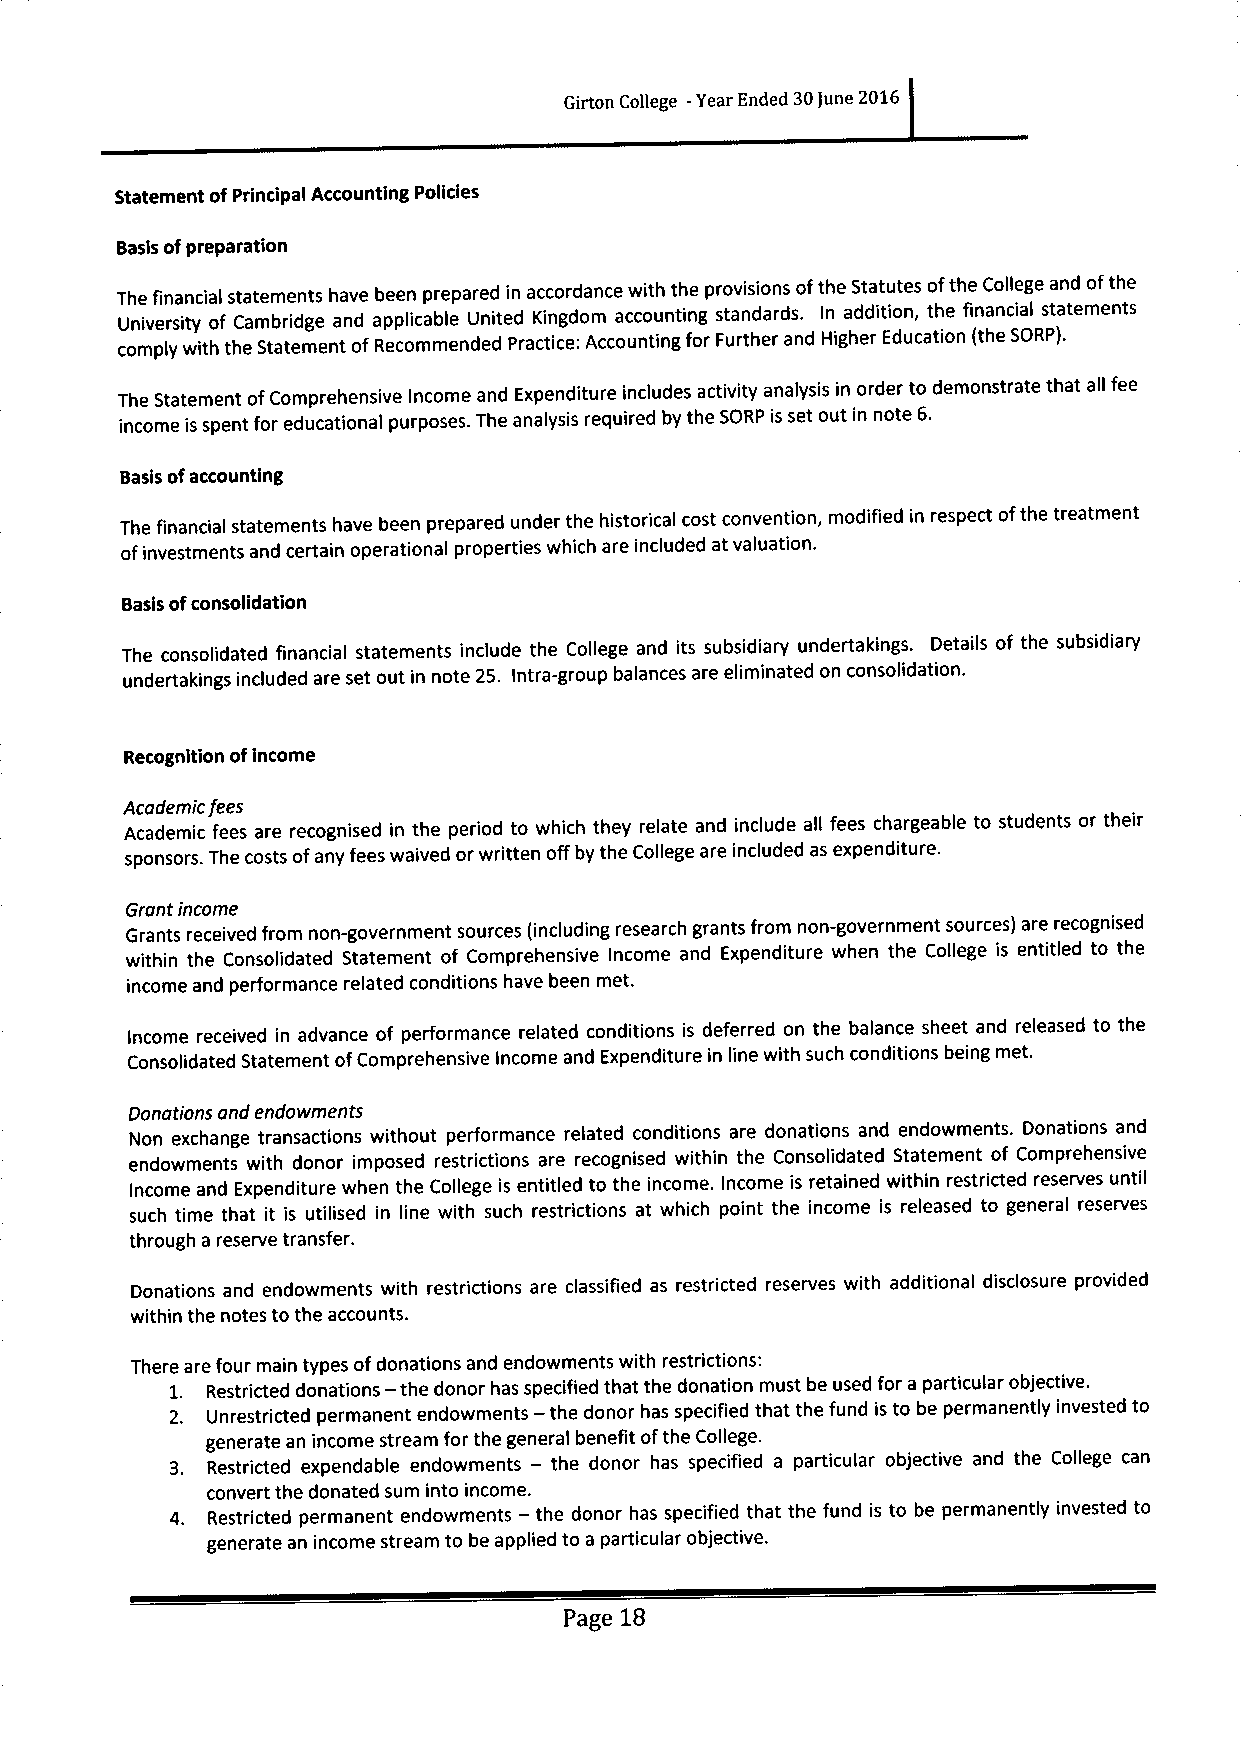
Girton College -Year Ended 30June 2016
 Statement ofPrincipal Accounting Policies
 Basisofpreparation
 The financial statements have been prepared in accordance with the provisions ofthe Statutes ofthe College and ofthe
 University of Cambridge and applicable United Kingdom accounting standards. In addition, the financial statements
 comply with the Statement ofRecommended Practice: Accounting for Further and Higher Education (the SORP).
 The Statement ofComprehensive Income and Expenditure includes activity analysis in order to demonstrate that all fee
 income is spent for educational purposes. The analysis required by the SORP is set out in note 6.
 Basis ofaccounting
 The financial statements have been prepared under the historical cost convention, modified in respect ofthe treatment
 ofinvestments and certain operational properties which are included at valuation.
 Basis ofconsolidation
 The consolidated financial statements include the College and its subsidiary undertakings. Details of the subsidiary
 undertakings included are set out in note 2S. Intra-group balances are eliminated on consolidation.
 Recognition ofincome
 Academic fees
 Academic fees are recognised in the period to which they relate and include all fees chargeable to students or their
 sponsors. The costs ofany fees waived orwritten offby the College are included as expenditure.
 Grantincome
 Grants received from non-government sources (including research grants from non-government sources) are recognised
 within the Consolidated Statement of Comprehensive Income and Expenditure when the College is entitled to the
 income and performance related conditions have been met.
 Income received in advance of performance related conditions is deferred on the balance sheet and released to the
 Consolidated Statement ofComprehensive income and Expenditure in line with such conditions being met.
 Donations and endowments
 Non exchange transactions without performance related conditions are donations and endowments. Donations and
 endowments with donor imposed restrictions are recognised within the Consolidated Statement of Comprehensive
 Income and Expenditure when the College is entitled to the income. Income is retained within restricted reserves until
 such time that it is utilised in line with such restrictions at which point the income is released to general reserves
 through a reserve transfer.
 Donations and endowments with restrictions are classified as restricted reserves with additional disclosure provided
 within the notes to the accounts.
 There are four main types ofdonations and endowments with restrictions:
 1. Restricted donations —the donor has specified that the donation must be used for a particular objective.
 2. Unrestricted permanent endowments —the donor has specified that the fund is to be permanently invested to
 generate an income stream for the general benefit ofthe College.
 3. Restricted expendable endowments —the donor has specified a particular objective and the College can
 convert the donated sum into income.
 4. Restricted permanent endowments —the donor has specified that the fund is to be permanently invested to
 generate an income stream to be applied to a particular objective.
 Page 18